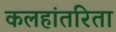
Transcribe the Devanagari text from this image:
कलहांतरिता